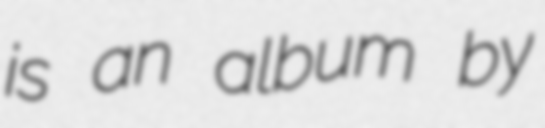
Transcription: is an album by